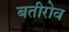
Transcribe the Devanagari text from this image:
बतीरोव